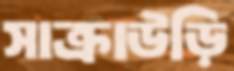
সাক্রাউড়ি